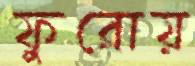
ফুরোয়